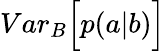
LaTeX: {Var}_{B}\Big[p(a|b)\Big]